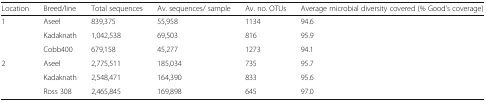
<table><thead><tr><td><b>Location</b></td><td><b>Breed/line</b></td><td><b>Total sequences</b></td><td><b>Av. sequences/ sample</b></td><td><b>Av. no. OTUs</b></td><td><b>Average microbial diversity covered (% Good’s coverage)</b></td></tr></thead><tbody><tr><td rowspan="3">1</td><td>Aseel</td><td>839,375</td><td>55,958</td><td>1134</td><td>94.6</td></tr><tr><td>Kadaknath</td><td>1,042,538</td><td>69,503</td><td>816</td><td>95.9</td></tr><tr><td>Cobb400</td><td>679,158</td><td>45,277</td><td>1273</td><td>94.1</td></tr><tr><td rowspan="3">2</td><td>Aseel</td><td>2,775,511</td><td>185,034</td><td>735</td><td>95.7</td></tr><tr><td>Kadaknath</td><td>2,548,471</td><td>164,390</td><td>833</td><td>95.6</td></tr><tr><td>Ross 308</td><td>2,465,845</td><td>169,898</td><td>645</td><td>97.0</td></tr></tbody></table>